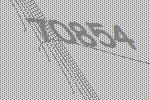
70854